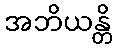
အဘိယန္တိ